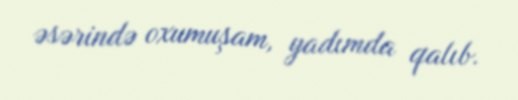
əsərində oxumuşam, yadımda qalıb.